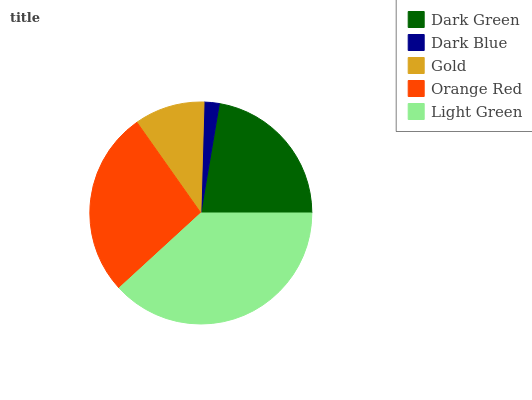
| Dark Green | Dark Blue | Gold | Orange Red | Light Green |
 | --- | --- | --- | --- | --- |
 | 22.3% | 2.21% | 10.2% | 27.1% | 38.2% |